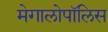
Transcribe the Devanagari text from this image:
मेगालोपॉलिस